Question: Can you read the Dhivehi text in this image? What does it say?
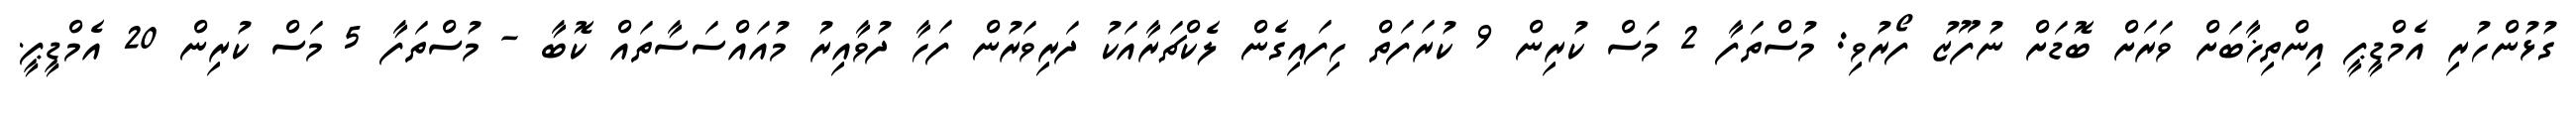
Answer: ގުޅުންހުރި އެމްޑީޕީ އިންތިޚާބަށް ވަރަށް ބޮޑަށް ނުފޫޒު ފޯރުވި: މުސްތަފާ 2 މަސް ކުރިން 9 ކުރަފަތް ހިފައިގެން ލެކްޗަރާއަކު ދަރިވަރުން ފަހާ ދުވާއިރު މުއައްސަސާތައް ކޮބާ - މުސްތަފާ 5 މަސް ކުރިން 20 އެމްޑީޕީ.